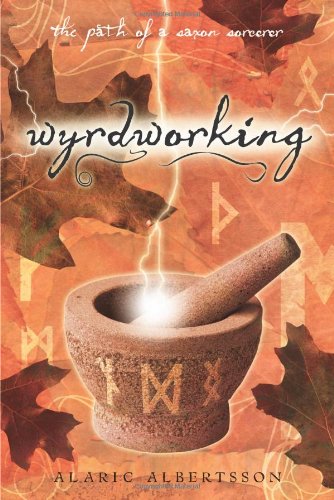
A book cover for Wyrdworking: The Path of a Saxon Sorcerer; Alaric Albertsson; Religion & Spirituality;